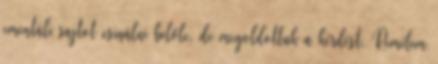
ementáli sajtot csinálni belőle, de megoldottuk a kérdést. Remélem